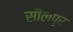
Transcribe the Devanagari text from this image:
सीलपुर